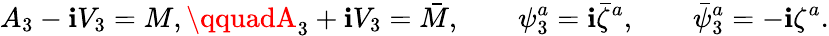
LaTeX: A_{3}-\mathbf{i}V_{3}=M,\qquadA_{3}+\mathbf{i}V_{3}=\bar{{M}},\qquad\psi_{3}^{a}=\mathbf{i}\bar{{\zeta}}^{a},\qquad\bar{{\psi}}_{3}^{a}=-\mathbf{i}\zeta^{a}.